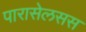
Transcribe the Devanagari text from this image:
पारासेलसस